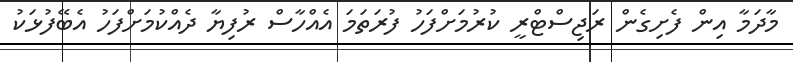
މާދަމާ އިން ފެށިގެން ރަޖިސްޓްރީ ކުރުމަށްފަހު ފުރަތަމަ އެއްހާސް ރުފިޔާ ދެއްކުމަށްފަހު އެބޭފުޅަކު